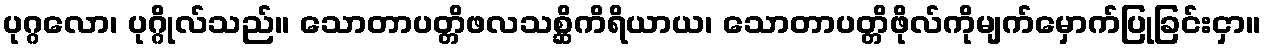
ပုဂ္ဂလော၊ ပုဂ္ဂိုလ်သည်။ သောတာပတ္တိဖလသစ္ဆိကိရိယာယ၊ သောတာပတ္တိဖိုလ်ကိုမျက်မှောက်ပြုခြင်းငှာ။